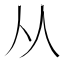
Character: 从